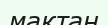
мақтан